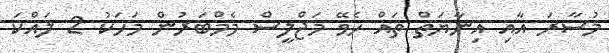
މުސާރަ އާއި އިނާޔަތް ތައް ހެވޭ މަޖްލީސް މެމްބަރުން މަހަކު 2 ލައްކަ